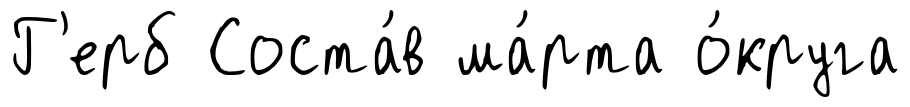
Г'ерб Соста́в ма́рта о́круга